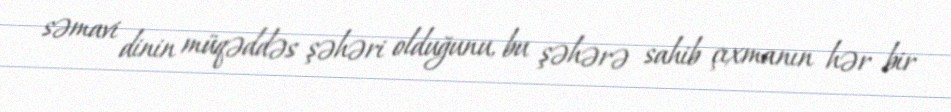
səmavi dinin müqəddəs şəhəri olduğunu, bu şəhərə sahib çıxmanın hər bir